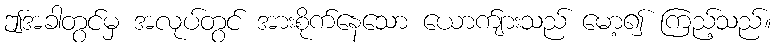
ဤအခါတွင်မှ အလုပ်တွင် အားစိုက်နေသော ယောက်ျားသည် မော့၍ ကြည့်သည်။